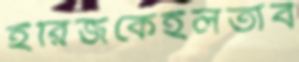
হরিজকেইলতাব